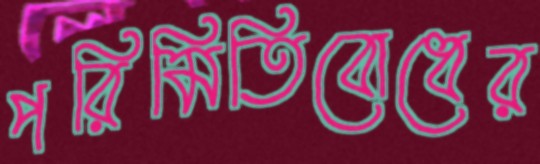
পরিমিতিবোধের